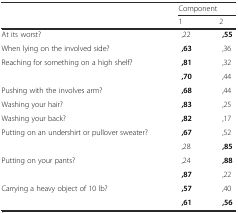
<table><thead><tr><td rowspan="2">[EMPTY_CELL]</td><td colspan="2"><b>Component</b></td></tr><tr><td><b>1</b></td><td><b>2</b></td></tr></thead><tbody><tr><td>At its worst?</td><td>,22</td><td><b>,55</b></td></tr><tr><td>When lying on the involved side?</td><td><b>,63</b></td><td>,36</td></tr><tr><td>Reaching for something on a high shelf?</td><td><b>,81</b></td><td>,32</td></tr><tr><td>[EMPTY_CELL]</td><td><b>,70</b></td><td>,44</td></tr><tr><td>Pushing with the involves arm?</td><td><b>,68</b></td><td>,44</td></tr><tr><td>Washing your hair?</td><td><b>,83</b></td><td>,25</td></tr><tr><td>Washing your back?</td><td><b>,82</b></td><td>,17</td></tr><tr><td>Putting on an undershirt or pullover sweater?</td><td><b>,67</b></td><td>,52</td></tr><tr><td>[EMPTY_CELL]</td><td>,28</td><td><b>,85</b></td></tr><tr><td>Putting on your pants?</td><td>,24</td><td><b>,88</b></td></tr><tr><td>[EMPTY_CELL]</td><td><b>,87</b></td><td>,22</td></tr><tr><td>Carrying a heavy object of 10 lb?</td><td><b>,57</b></td><td>,40</td></tr><tr><td>[EMPTY_CELL]</td><td><b>,61</b></td><td><b>,56</b></td></tr></tbody></table>